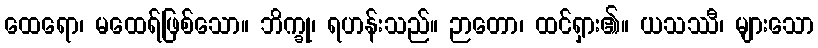
ထေရော၊ မထေရ်ဖြစ်သော။ ဘိက္ခု၊ ရဟန်းသည်။ ဉာတော၊ ထင်ရှား၏။ ယသဿီ၊ များသော